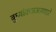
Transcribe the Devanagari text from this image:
बुध्यांकअअसणारे